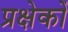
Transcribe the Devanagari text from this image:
प्रक्षेकों